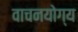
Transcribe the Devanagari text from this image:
वाचनयोग्य